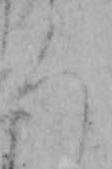
ろ